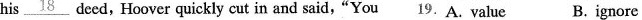
his\underline{18} deed,Hoover quickly cut in and said, "You 19. A. value B.ignore